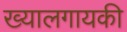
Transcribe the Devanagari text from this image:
ख्यालगायकी